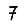
Digit: 7